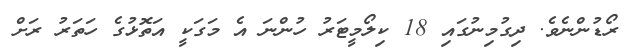
ރޯޑުންނެވެ. ދިގުމިނުގައި 18 ކިލޯމީޓަރު ހުންނަ އެ މަގަކީ އަތޮޅުގެ ހަތަރު ރަށް